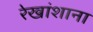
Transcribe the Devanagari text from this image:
रेखांशाना